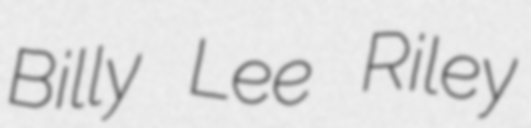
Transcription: Billy Lee Riley